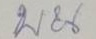
บน